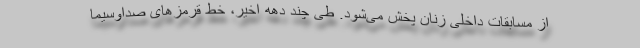
از مسابقات داخلی زنان پخش می‌شود. طی چند دهه اخیر، خط قرمزهای صداوسیما